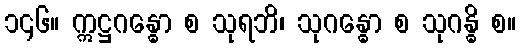
၁၄၆။ ဣဋ္ဌဂန္ဓော စ သုရဘိ၊ သုဂန္ဓော စ သုဂန္ဓိ စ။